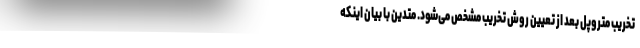
تخریب متروپل بعد از تعیین روش تخریب مشخص می‌شود. متدین با بیان اینکه